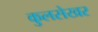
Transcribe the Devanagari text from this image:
कुलसेखर